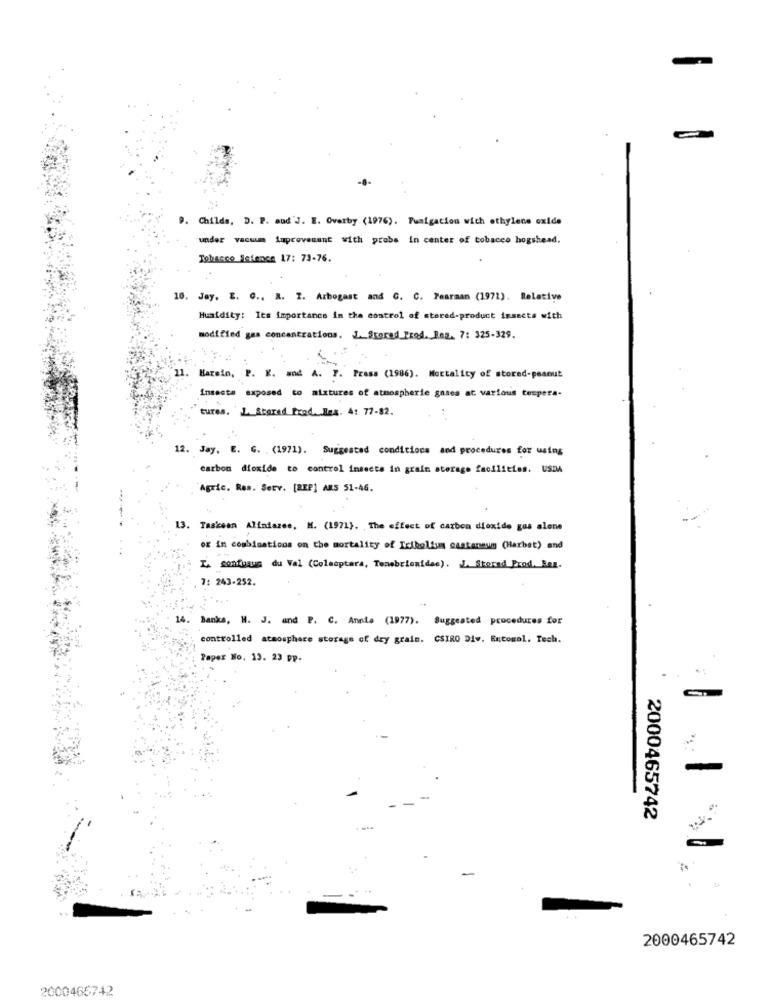
=
P. Childs, D. P. aud'J. E. Overby (1976). Fumigation wich ethylene oxide
under vacuum impcovenant with probe in center of tobacco hogshead.
Tobacco Seience 17: 73-76.
10. Jay, E. G ., R. I. Arbogast and C. C. Fearman (1971). Relative
Humidity: les importancs in the control of stored-product insects with
modified gas concentrations. L_Storad_Prod. Bez. 7: 325-329.
11. Harsio, P. K. and A. F. Prasa (1986). Mortality of stored-peanut
Insects exposed to mixtures of atmospheric gases at various tespera-
tures. L Starad_Prod. Bes. 4: 77-82.
12. Jay, E. G. . (1971). Suggested condiciocs and procedures for using
carbon dioxide to control insects in grain storage facilities. USDA
Agric. Res. Serv. [REP] ARS 51-46.
13. Taskean Alindazes, M. (1971). The effect of carbon dioxide gus alene
or in combinations on the mortality of Iciholism cantaneun (Herbet) and
La confusus du Val (Coleoptera, Temabrionidae). J. Stored Prod. Res.
7: 243-252.
14. Banks, M. J. and P. C. Annie (1977). Suggested procedures for
controlled atmosphere storage of dry grain. CSIRO Diw. Entomol. Tech.
Paper No. 13. 23 PP-
2000465742
2000465742
2000465742